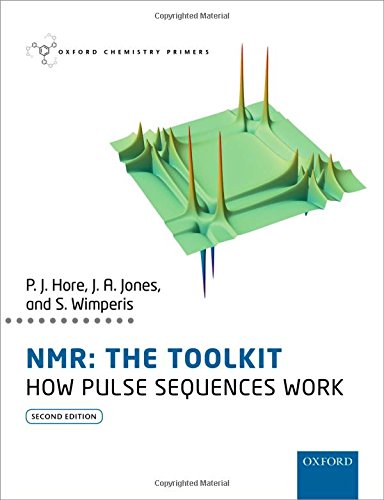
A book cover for NMR: The Toolkit: How Pulse Sequences Work (Oxford Chemistry Primers); Peter Hore; Science & Math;